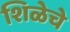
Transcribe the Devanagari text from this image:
शिळेचे